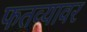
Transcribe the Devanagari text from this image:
फतव्यावर